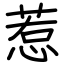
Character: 惹